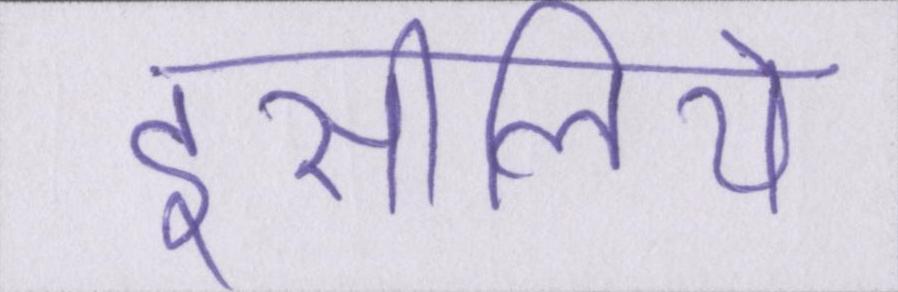
इसीलिये